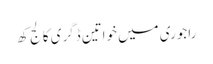
راجوری میں خواتین ڈگری کالج کھ